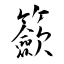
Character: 籨